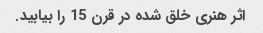
اثر هنری خلق شده در قرن 15 را بیابید.